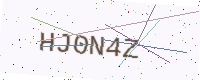
Text: HJ0N4Z